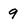
Character: 9